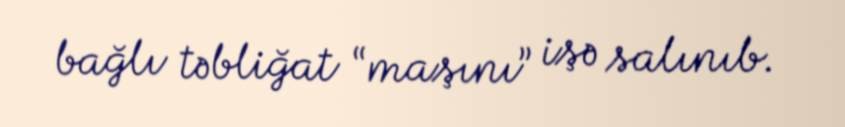
bağlı təbliğat “maşını” işə salınıb.